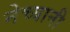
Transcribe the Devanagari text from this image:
नेच्यानी